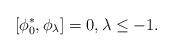
LaTeX: \begin{align*}\left[\phi_0^*,\phi_\lambda\right]=0,\lambda\leq-1.\end{align*}